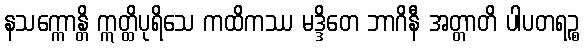
နသက္ကောန္တိ ဣတ္ထိပုရိသေ ကထိကဿ မဒ္ဒိတေ ဘာဂိနီ အတ္တာတိ ပါပတရဉ္စ